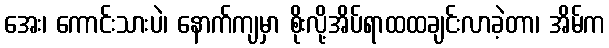
အေး၊ ကောင်းသားပဲ၊ နောက်ကျမှာ စိုးလို့အိပ်ရာထထချင်းလာခဲ့တာ၊ အိမ်က